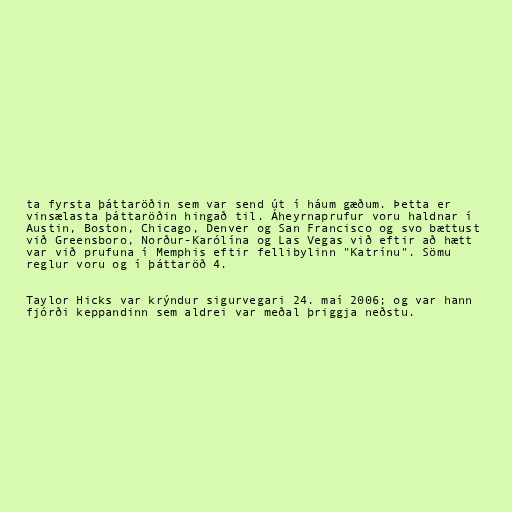
ta fyrsta þáttaröðin sem var send út í háum gæðum. Þetta er
vinsælasta þáttaröðin hingað til. Áheyrnaprufur voru haldnar í
Austin, Boston, Chicago, Denver og San Francisco og svo bættust
við Greensboro, Norður-Karólína og Las Vegas við eftir að hætt
var við prufuna í Memphis eftir fellibylinn "Katrínu". Sömu
reglur voru og í þáttaröð 4.

Taylor Hicks var krýndur sigurvegari 24. maí 2006; og var hann
fjórði keppandinn sem aldrei var meðal þriggja neðstu.